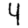
Digit: 4